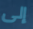
إلى